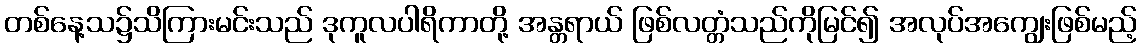
တစ်နေ့သ၌သိကြားမင်းသည် ဒုကူလပါရိကာတို့ အန္တရာယ် ဖြစ်လတ္တံသည်ကိုမြင်၍ အလုပ်အကျွေးဖြစ်မည့်